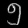
Digit: ၅